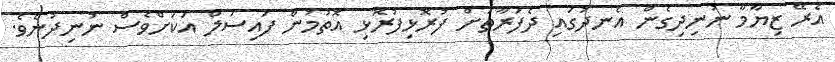
އެރޭ ޒިޔާމާ ނުނިދިގެން އެނދުގައި ދެފަރާތަށް ފުރޮޅިފުރޮޅި އޮތުމުން ފައިސަލް އަކަށްވެސް ނުނިދުނެވެ.